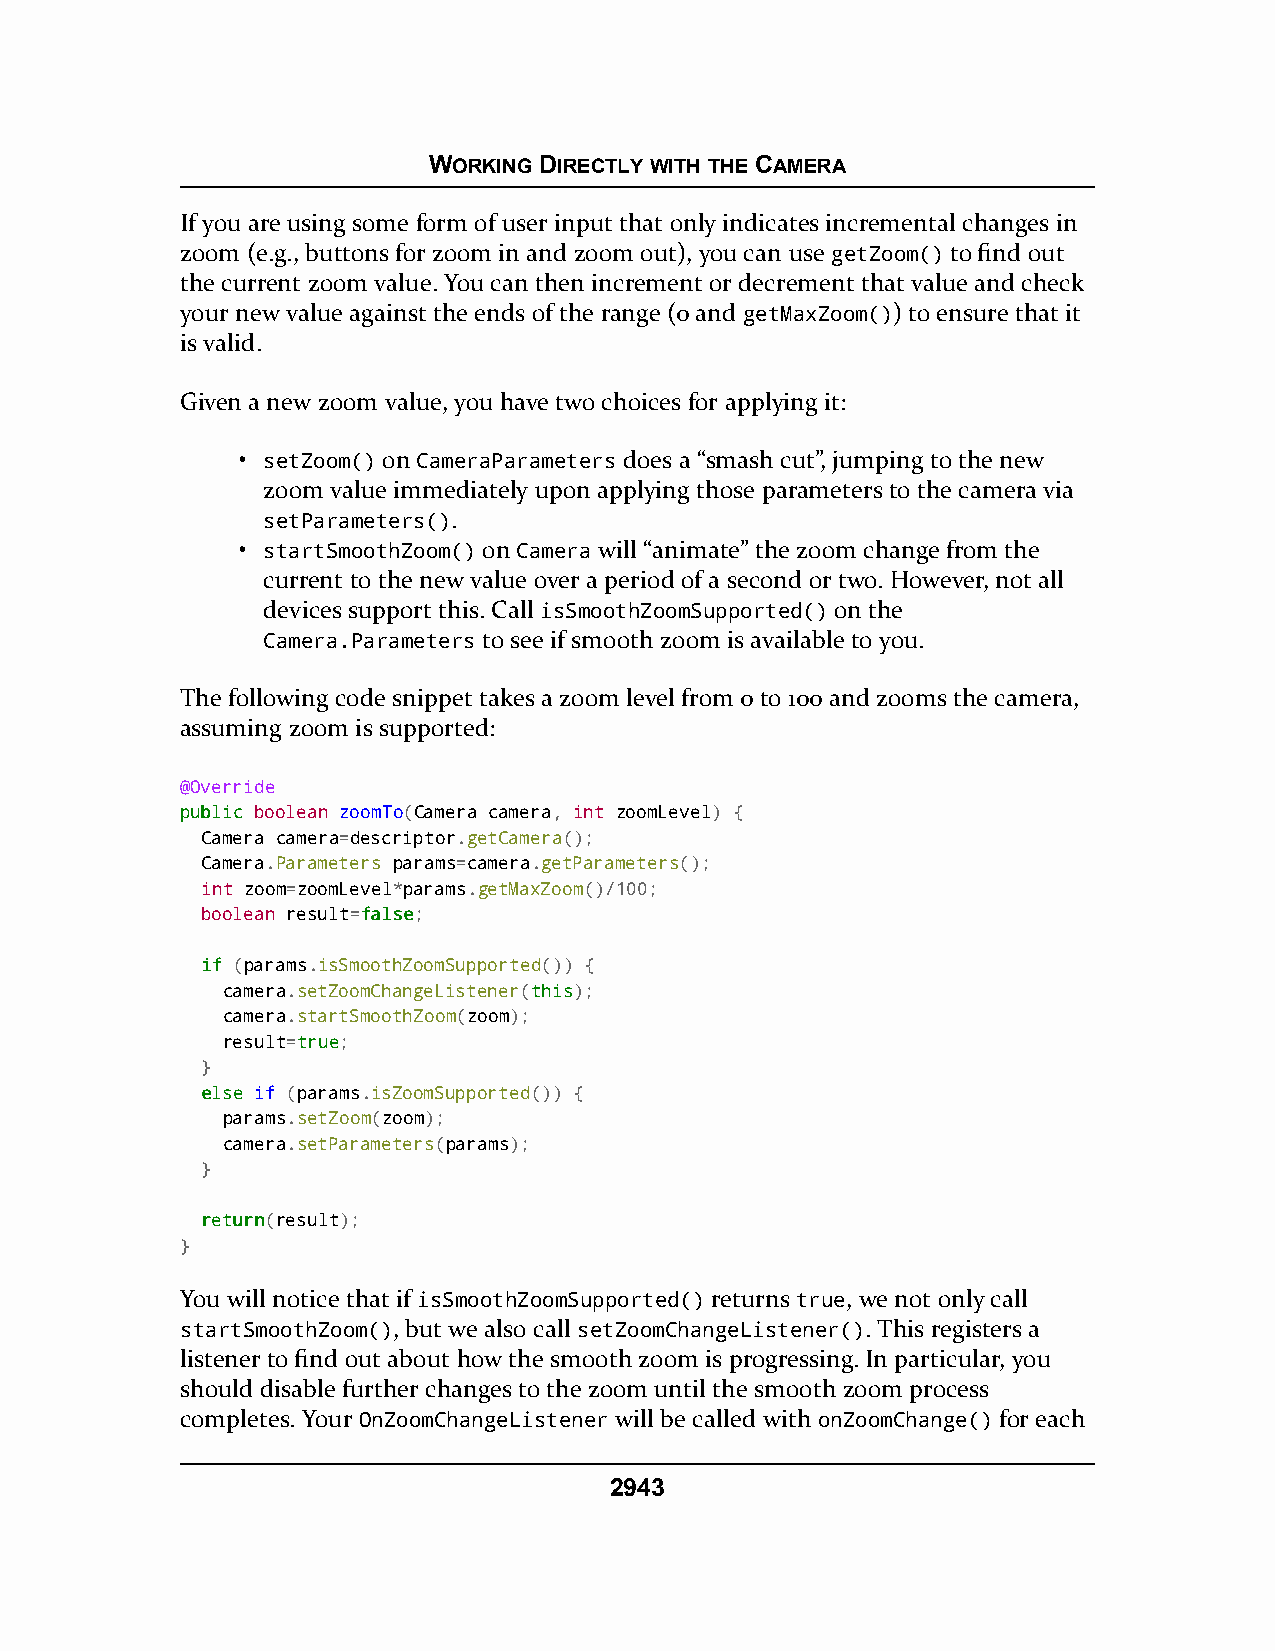
WORKING DIRECTLY WITH THE CAMERA
 If you are using some form of user input that only indicates incremental changes in
 zoom (e.g., buttons for zoom in and zoom out), you can use getZoom() to find out
 the current zoom value. You can then increment or decrement that value and check
 your new value against the ends of the range (0 and getMaxZoom()) to ensure that it
 is valid.
 Given a new zoom value, you have two choices for applying it:
 • setZoom() on CameraParameters does a “smash cut”, jumping to the new
 zoom value immediately upon applying those parameters to the camera via
 setParameters().
 • startSmoothZoom() on Camera will “animate” the zoom change from the
 current to the new value over a period of a second or two. However, not all
 devices support this. Call isSmoothZoomSupported() on the
 Camera.Parameters to see if smooth zoom is available to you.
 The following code snippet takes a zoom level from 0 to 100 and zooms the camera,
 assuming zoom is supported:
 @Override
 ppuubblliicc boolean zoomTo(Camera camera, int zoomLevel) {
 Camera camera=descriptor.getCamera();
 Camera.Parameters params=camera.getParameters();
 int zoom=zoomLevel*params.getMaxZoom()/100;
 boolean result=ffaallssee;
 iiff (params.isSmoothZoomSupported()) {
 camera.setZoomChangeListener(tthhiiss);
 camera.startSmoothZoom(zoom);
 result=ttrruuee;
 }
 eellssee if (params.isZoomSupported()) {
 params.setZoom(zoom);
 camera.setParameters(params);
 }
 rreettuurrnn(result);
 }
 You will notice that if isSmoothZoomSupported() returns true, we not only call
 startSmoothZoom(), but we also call setZoomChangeListener(). This registers a
 listener to find out about how the smooth zoom is progressing. In particular, you
 should disable further changes to the zoom until the smooth zoom process
 completes. Your OnZoomChangeListener will be called with onZoomChange() for each
 2943